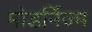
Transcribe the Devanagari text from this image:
मोडर्निज्म